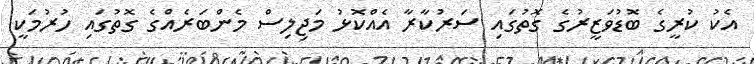
އެކު ކުރީގެ ބޮޑުވަޒީރުގެ ގޮތުގައި ސަރުކާރާ އެއްކޮޅު މަޖިލިސް މެންބަރެއްގެ ގޮތުގައި ހުރުމަކީ